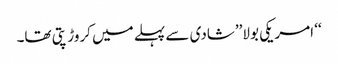
‘‘ امریکی بولا’’شادی سے پہلے میں کروڑ پتی تھا۔